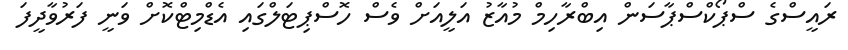
ރައީސްގެ ސްޕޯކްސްޕާސަން އިބްރާހިމް މުއާޒު އަލީއަށް ވެސް ހޮސްޕިޓަލްގައި އެޑްމިޓްކޮށް ވަނީ ފަރުވާދީފަ